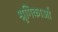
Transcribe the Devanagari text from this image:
श्रृगिकाओं